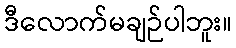
ဒီလောက်မချဉ်ပါဘူး။